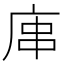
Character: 𢈢